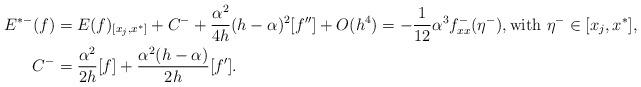
LaTeX: \begin{align*}\begin{aligned}E^{*-}(f)&=E(f)_{[x_j,x^*]}+C^-+\frac{\alpha^2}{4h}(h-\alpha)^2 [f'']+O(h^4)=-\frac{1}{12}\alpha^3 f^-_{xx}(\eta^-),\textrm{with } \eta^-\in [x_j, x^*],\\C^-&={\frac {{\alpha}^{2}}{2h}}[f]+{\frac {\alpha^2(h-\alpha) }{2h}}[f'].\end{aligned}\end{align*}